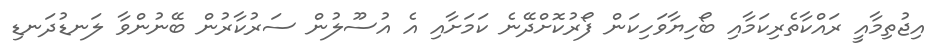
އިޖުތިމާއީ ރައްކާތެރިކަމާއި ބޯހިޔާވަހިކަން ފޯރުކޮށްދޭނެ ކަމަށާއި އެ އުސޫލުން ސަރުކާރުން ބޭނުންވާ ލަނޑުދަނޑި